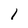
Character: 1